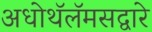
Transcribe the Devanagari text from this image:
अधोथॅलॅमसद्वारे